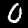
Digit: 0